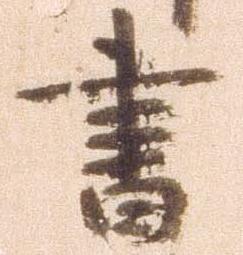
書